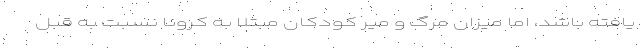
یافته باشد، اما میزان مرگ و میر کودکان مبتلا به کرونا نسبت به قبل